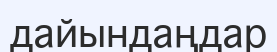
дайындаңдар